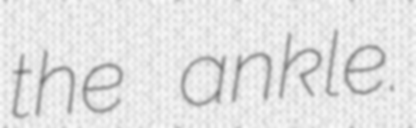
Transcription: the ankle.